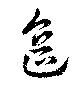
遙